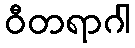
ဝီတရာဂါ